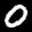
Label: 0